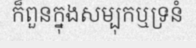
ក៏ពួនក្នុងសម្បុកឬទ្រនំ